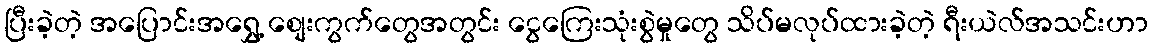
ပြီးခဲ့တဲ့ အပြောင်းအရွှေ့ စျေးကွက်တွေအတွင်း ငွေကြေးသုံးစွဲမှုတွေ သိပ်မလုပ်ထားခဲ့တဲ့ ရီးယဲလ်အသင်းဟာ